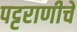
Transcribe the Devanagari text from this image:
पट्टराणीचे